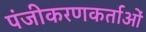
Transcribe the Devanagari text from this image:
पंजीकरणकर्ताओं